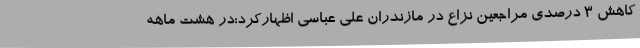
کاهش 3 درصدی مراجعین نزاع در مازندران علی عباسی اظهارکرد:در هشت ماهه